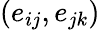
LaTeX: (e_{ij},e_{jk})